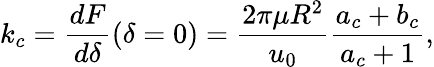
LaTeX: k_{c}=\frac{dF}{d\delta}(\delta=0)=\frac{2\pi\mu R^{2}}{u_{0}}\frac{a_{c}+b_{c}}{a_{c}+1},